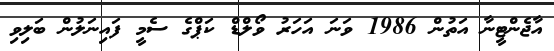
އާޖެންޓީނާ އަތުން 1986 ވަނަ އަހަރު ވޯލްޑް ކަޕްގެ ސެމީ ފައިނަލުން ބަލިވި